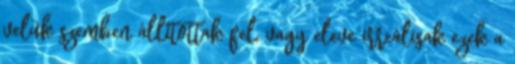
velük szemben állítottak fel, vagy eleve irreálisak ezek a